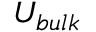
U _ { b u l k }